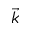
\vec { k }